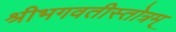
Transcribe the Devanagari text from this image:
श्रीभगवतीस्तोत्रम्